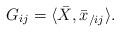
LaTeX: \begin{align*}G_{ij}=\langle \bar{X},\bar{x}_{/ij}\rangle. \end{align*}